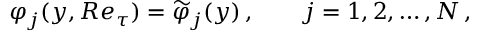
\varphi _ { j } ( y , R e _ { \tau } ) = \widetilde { \varphi } _ { j } ( y ) \, , \qquad j = 1 , 2 , \ldots , N \, ,